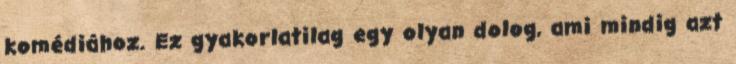
komédiához. Ez gyakorlatilag egy olyan dolog, ami mindig azt